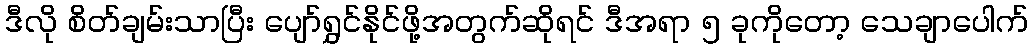
ဒီလို စိတ်ချမ်းသာပြီး ပျော်ရွှင်နိုင်ဖို့အတွက်ဆိုရင် ဒီအရာ ၅ ခုကိုတော့ သေချာပေါက်